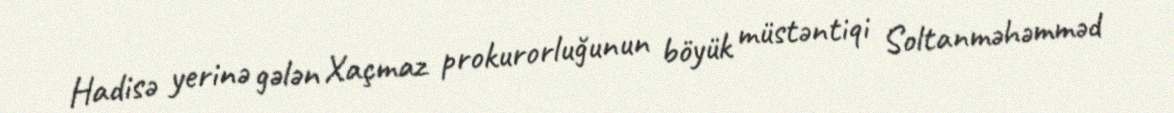
Hadisə yerinə gələn Xaçmaz prokurorluğunun böyük müstəntiqi Soltanməhəmməd